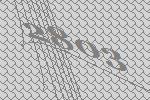
2803